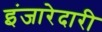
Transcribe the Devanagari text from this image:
इंजारेदारी